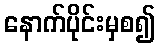
နောက်ပိုင်းမှစ၍